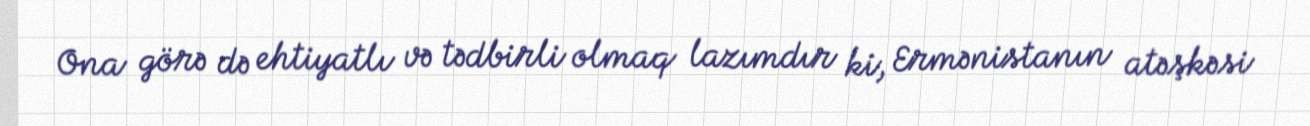
Ona görə də ehtiyatlı və tədbirli olmaq lazımdır ki, Ermənistanın atəşkəsi